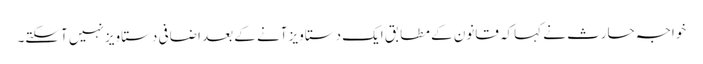
خواجہ حارث نے کہاکہ قانون کے مطابق ایک دستاویز آنے کے بعد اضافی دستاویز نہیں آسکتے۔